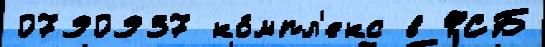
0790937 ко́мпл'екс в ФСБ